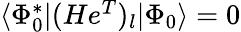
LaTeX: \begin{array}{r}{\langle\Phi_{0}^{*}|(He^{T})_{l}|\Phi_{0}\rangle=0}\end{array}